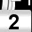
Digit: 2